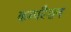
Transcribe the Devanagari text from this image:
कम्परैशन